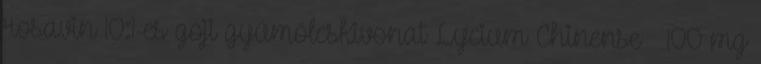
rosavin 10:1-es goji gyümölcskivonat Lycium Chinense – 100 mg